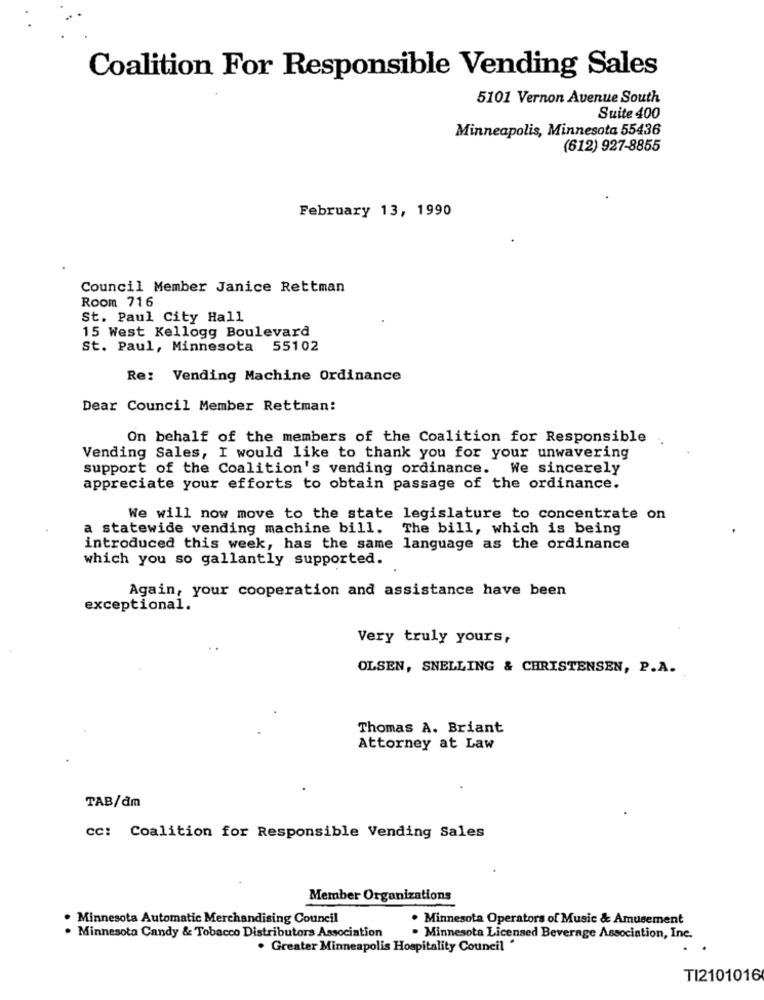
Coalition For Responsible Vending Sales
5101 Vernon Avenue South
Suite 400
Minneapolis, Minnesota 55436
(612) 927-8855
February 13, 1990
Council Member Janice Rettman
Room 716
St. Paul City Hall
15 West Kellogg Boulevard
St. Paul, Minnesota 55102
Re: Vending Machine Ordinance
Dear Council Member Rettman:
On behalf of the members of the Coalition for Responsible
Vending Sales, I would like to thank you for your unwavering
support of the Coalition's vending ordinance. We sincerely
appreciate your efforts to obtain passage of the ordinance.
We will now move to the state legislature to concentrate on
a statewide vending machine bill.
The bill, which is being
introduced this week, has the same language as the ordinance
which you so gallantly supported.
Again, your cooperation and assistance have been
exceptional.
Very truly yours,
OLSEN, SNELLING & CHRISTENSEN, P.A.
Thomas A. Briant
Attorney at Law
TAB/dm
cc: Coalition for Responsible Vending Sales
Member Organizations
. Minnesota Automatic Merchandising Council
. Minnesota Operators of Music & Amusement
. Minnesota Candy & Tobacco Distributors Association
. Minnesota Licensed Beverage Association, Inc.
. Greater Minneapolis Hospitality Council "
TI2101016